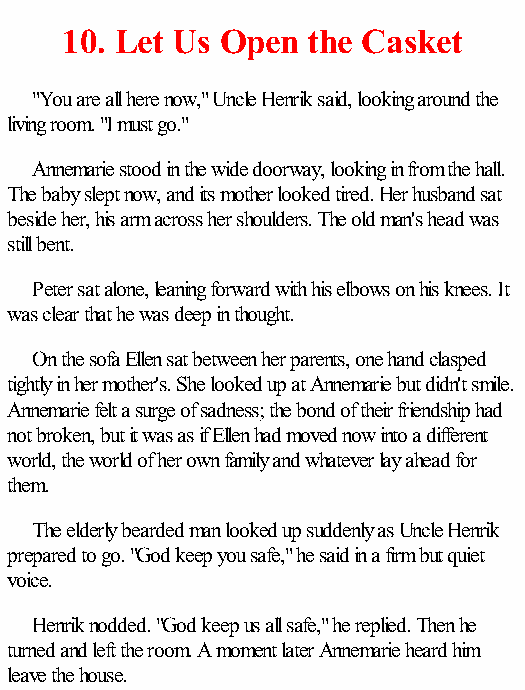
10. Let Us Open the Casket
 "You are all here now," Uncle Henrik said, looking around the
 living room. "I must go."
 Annemarie stood in the wide doorway, looking in from the hall.
 The baby slept now, and its mother looked tired. Her husband sat
 beside her, his arm across her shoulders. The old man's head was
 still bent.
 Peter sat alone, leaning forward with his elbows on his knees. It
 was clear that he was deep in thought.
 On the sofa Ellen sat between her parents, one hand clasped
 tightly in her mother's. She looked up at Annemarie but didn't smile.
 Annemarie felt a surge of sadness; the bond of their friendship had
 not broken, but it was as if Ellen had moved now into a different
 world, the world of her own family and whatever lay ahead for
 them.
 The elderly bearded man looked up suddenly as Uncle Henrik
 prepared to go. "God keep you safe," he said in a firm but quiet
 voice.
 Henrik nodded. "God keep us all safe," he replied. Then he
 turned and left the room. A moment later Annemarie heard him
 leave the house.